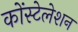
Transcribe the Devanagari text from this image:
कोंस्टेलेशन